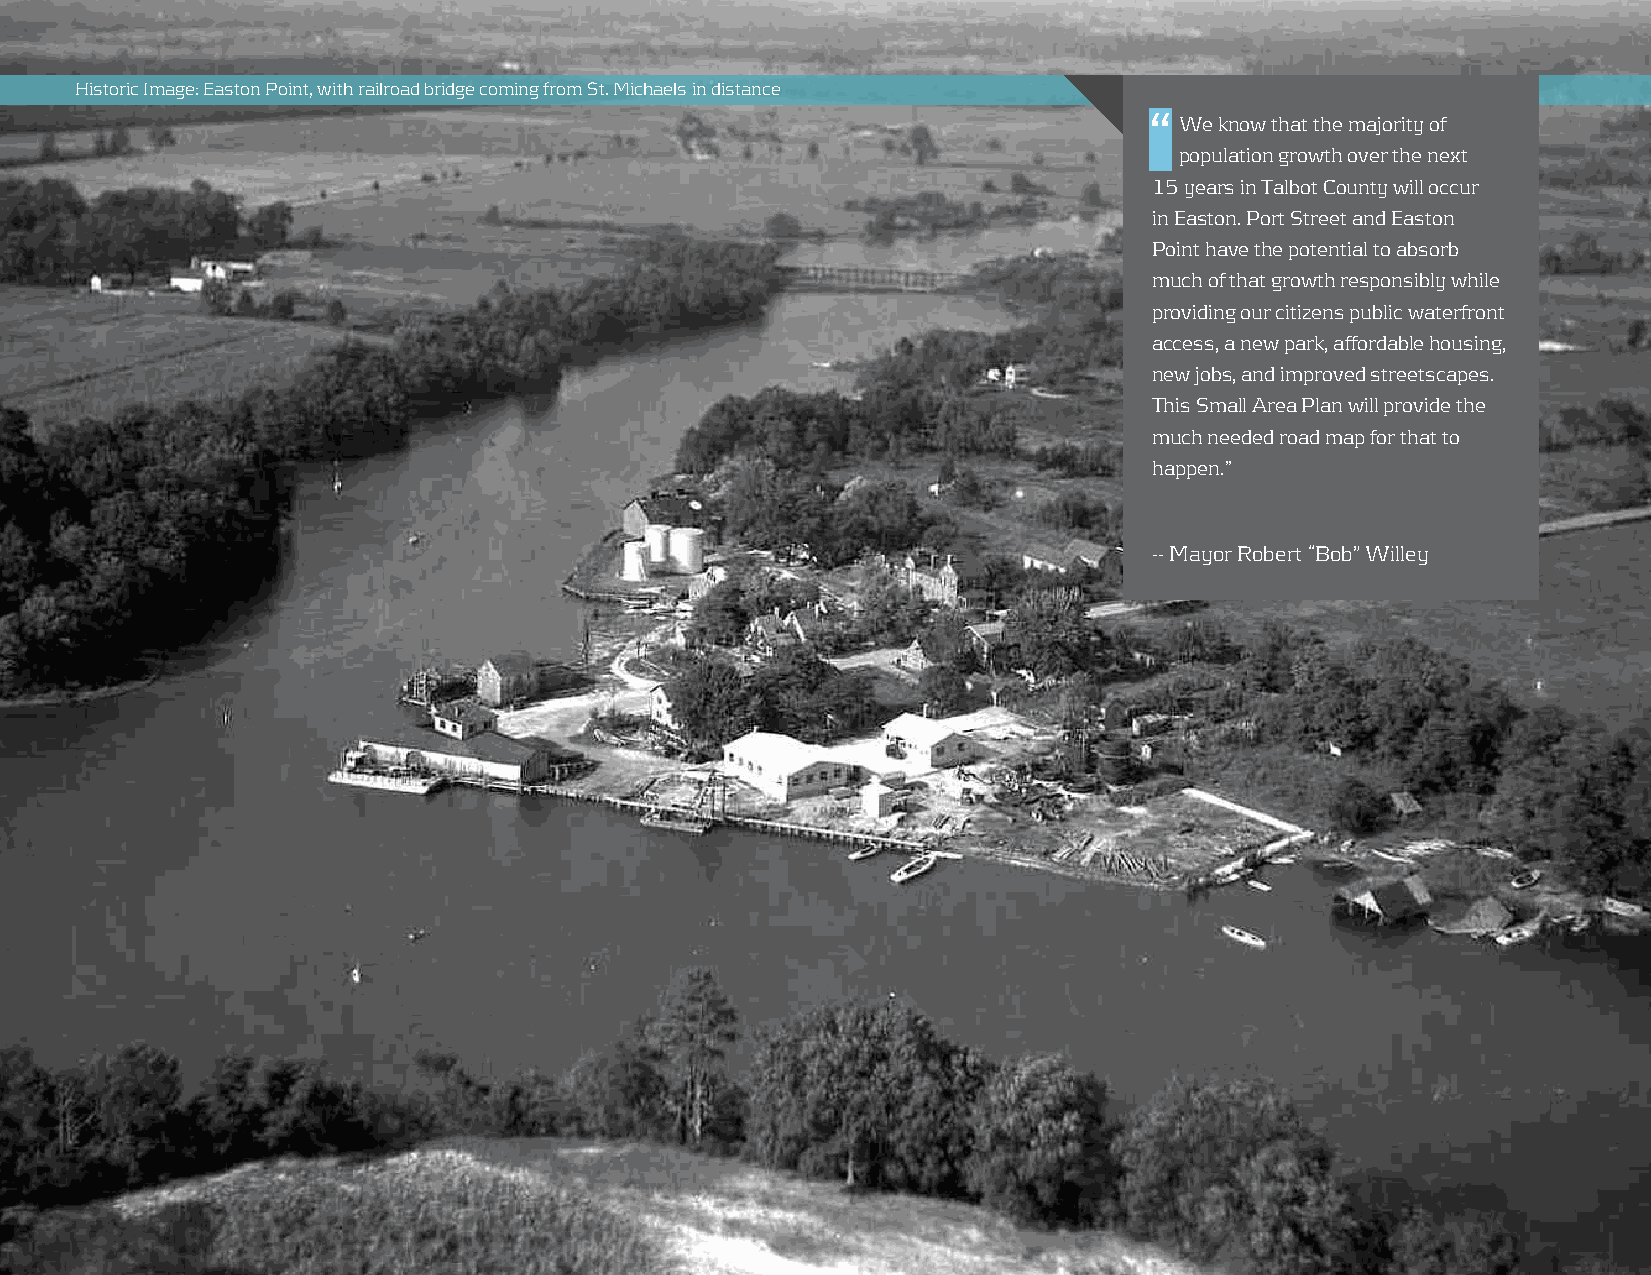
Historic Image: Easton Point, with railroad bridge coming from St. Michaels in distance
 “ We know that the majority of
 population growth over the next
 15 years in Talbot County will occur
 in Easton. Port Street and Easton
 Point have the potential to absorb
 much of that growth responsibly while
 providing our citizens public waterfront
 access, a new park, affordable housing,
 new jobs, and improved streetscapes.
 This Small Area Plan will provide the
 much needed road map for that to
 happen.”
 -- Mayor Robert “Bob” Willey